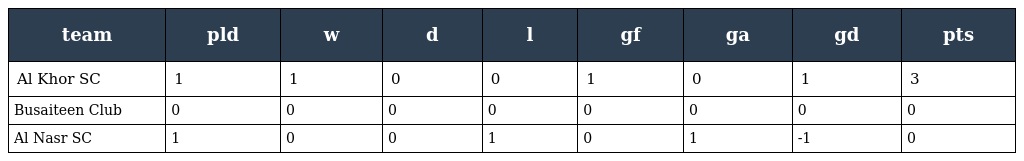
| team | pld | w | d | l | gf | ga | gd | pts |
 | --- | --- | --- | --- | --- | --- | --- | --- | --- |
 | Al Khor SC | 1 | 1 | 0 | 0 | 1 | 0 | 1 | 3 |
 | Busaiteen Club | 0 | 0 | 0 | 0 | 0 | 0 | 0 | 0 |
 | Al Nasr SC | 1 | 0 | 0 | 1 | 0 | 1 | -1 | 0 |